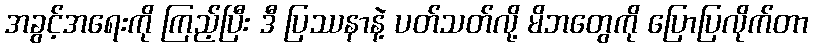
အခွင့်အရေးကို ကြည့်ပြီး ဒီ ပြဿနာနဲ့ ပတ်သတ်လို့ မိဘတွေကို ပြောပြလိုက်တာ